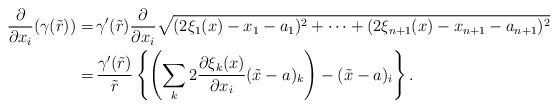
LaTeX: \begin{align*}\dfrac{\partial}{\partial x_i}(\gamma(\tilde{r})) =& \, \gamma^{\prime}(\tilde{r}) \dfrac{\partial}{\partial x_i} \sqrt{(2\xi_1(x) - x_1 - a_1)^2 + \cdots + (2\xi_{n+1}(x) - x_{n+1} - a_{n+1})^2} \\=& \, \dfrac{\gamma^{\prime}(\tilde{r})}{\tilde{r}} \left\{\left(\sum_{k} 2\dfrac{\partial \xi_k(x)}{\partial x_i}(\tilde{x}-a)_k\right) - (\tilde{x}-a)_i\right\}. \end{align*}